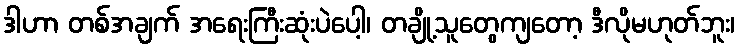
ဒါဟာ တစ်အချက် အရေးကြီးဆုံးပဲပေါ့၊ တချို့သူတွေကျတော့ ဒီလိုမဟုတ်ဘူး၊